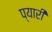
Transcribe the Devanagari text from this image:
प्‍यारी